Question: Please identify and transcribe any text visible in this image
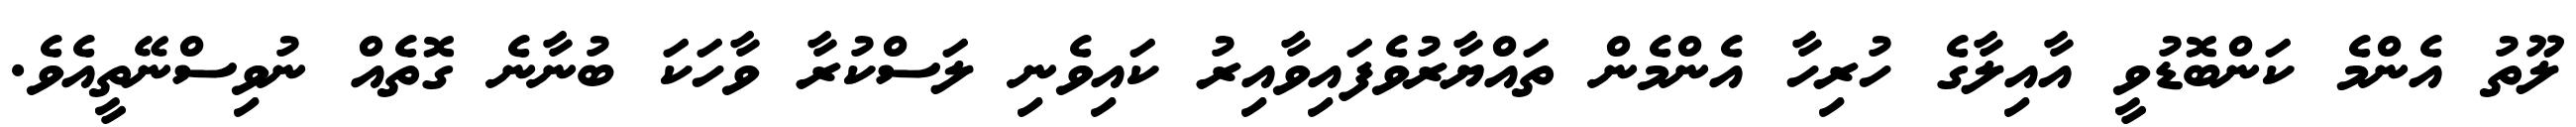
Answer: ލޫތު އެންމެ ކަންބޮޑުވީ އާއިލާގެ ހުރިހާ އެންމެން ތައްޔާރުވެފައިވާއިރު ކައިވެނި ލަސްކުރާ ވާހަކަ ބުނާނެ ގޮތެއް ނުވިސްނޭތީއެވެ.